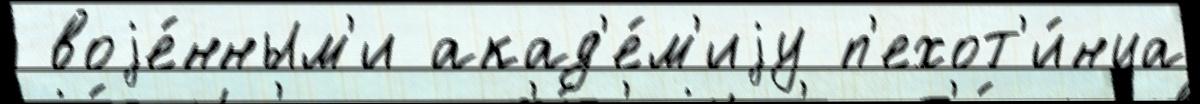
 воjе́нным'и акад'е́м'иjу п'ехот'и́нца